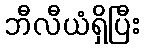
ဘီလီယံရှိပြီး